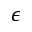
\epsilon